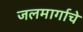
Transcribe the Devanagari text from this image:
जलमार्गाचे